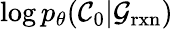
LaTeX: \log p_{\theta}(\mathcal{C}_{0}\vert\mathcal{G}_{\mathrm{rxn}})